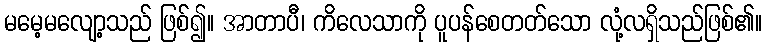
မမေ့မလျော့သည် ဖြစ်၍။ အာတာပီ၊ ကိလေသာကို ပူပန်စေတတ်သော လုံ့လရှိသည်ဖြစ်၏။